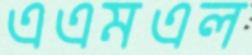
এএমএল